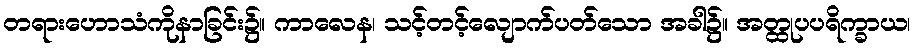
တရားဟောသံကိုနာခြင်း၌။ ကာလေန၊ သင့်တင့်လျောက်ပတ်သော အခါ၌။ အတ္ထုပပရိက္ခာယ၊